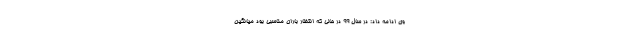
وی ادامه داد: در سال ۹۹ در حالی که انتظار باران مناسبی بود میانگین